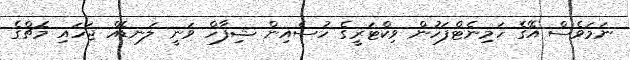
ނަމަވެސް އޭގެ ހަމިނެޓްފަހުން ވިކްޓަރީގެ ހުސެއިން ޝިފާހް ވަނީ ލަނޑެއް ޖަހައި މެޗްގެ